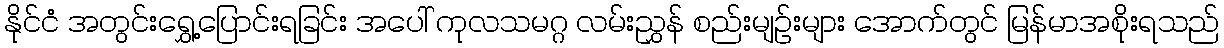
နိုင်ငံ အတွင်းရွှေ့ပြောင်းရခြင်း အပေါ် ကုလသမဂ္ဂ လမ်းညွှန် စည်းမျဉ်းများ အောက်တွင် မြန်မာအစိုးရသည်